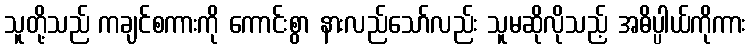
သူတို့သည် ကချင်စကားကို ကောင်းစွာ နားလည်သော်လည်း သူမဆိုလိုသည့် အဓိပ္ပါယ်ကိုကား